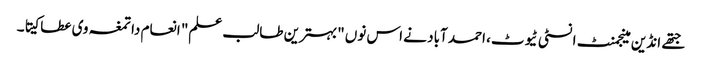
جتھے انڈین مینجمنٹ انسٹی ٹیوٹ، احمد آباد نے اس نوں "بہترین طالب علم" انعام دا تمغہ وی عطا کیتا۔